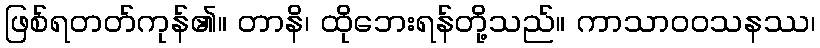
ဖြစ်ရတတ်ကုန်၏။ တာနိ၊ ထိုဘေးရန်တို့သည်။ ကာသာဝဝသနဿ၊